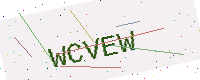
Text: WCVEW